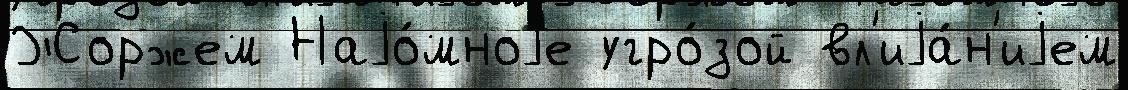
Жоржем Наjо́мноjе угро́зой вл'иjа́н'иjем